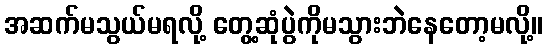
အဆက်မသွယ်မရလို့ တွေ့ဆုံပွဲကိုမသွားဘဲနေတော့မလို့။